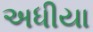
અધીયા